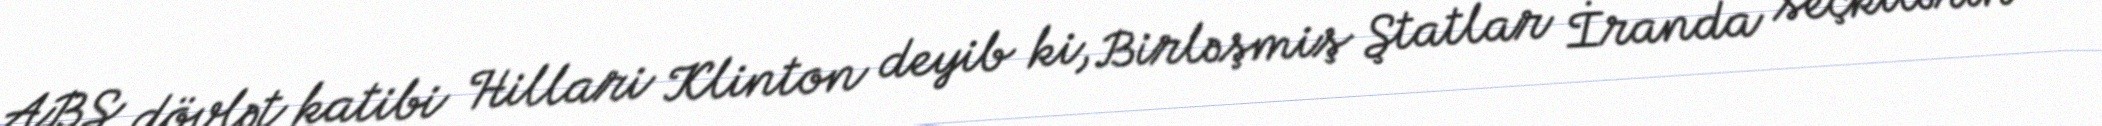
ABŞ dövlət katibi Hillari Klinton deyib ki, Birləşmiş Ştatlar İranda seçkilərin